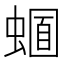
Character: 𧏈